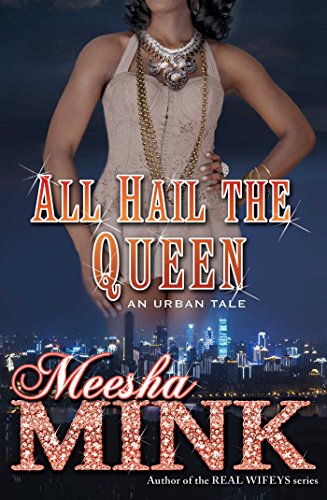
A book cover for All Hail the Queen: An Urban Tale; Meesha Mink; Mystery, Thriller & Suspense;